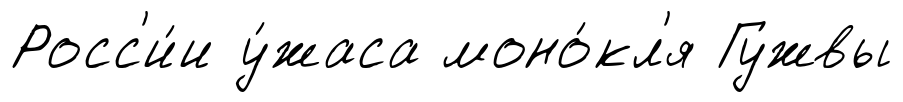
Росс'и́и у́жаса моно́кл'я Гужвы